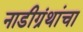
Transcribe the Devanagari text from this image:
नाडीग्रंथांचा